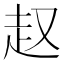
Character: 𧺉